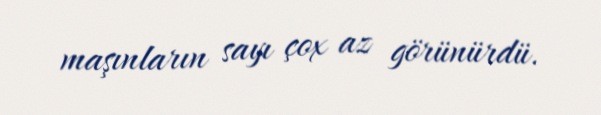
maşınların sayı çox az görünürdü.